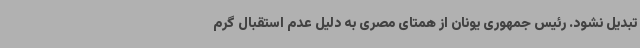
تبدیل نشود. رئیس جمهوری یونان از همتای مصری به دلیل عدم استقبال گرم